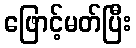
ဖြောင့်မတ်ပြီး